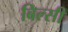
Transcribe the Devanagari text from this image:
बिल्‍सी